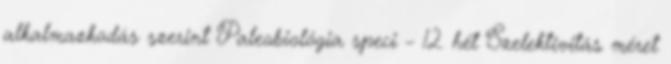
alkalmazkodás szerint Paleobiológia speci – 12. hét Szelektivitás méret